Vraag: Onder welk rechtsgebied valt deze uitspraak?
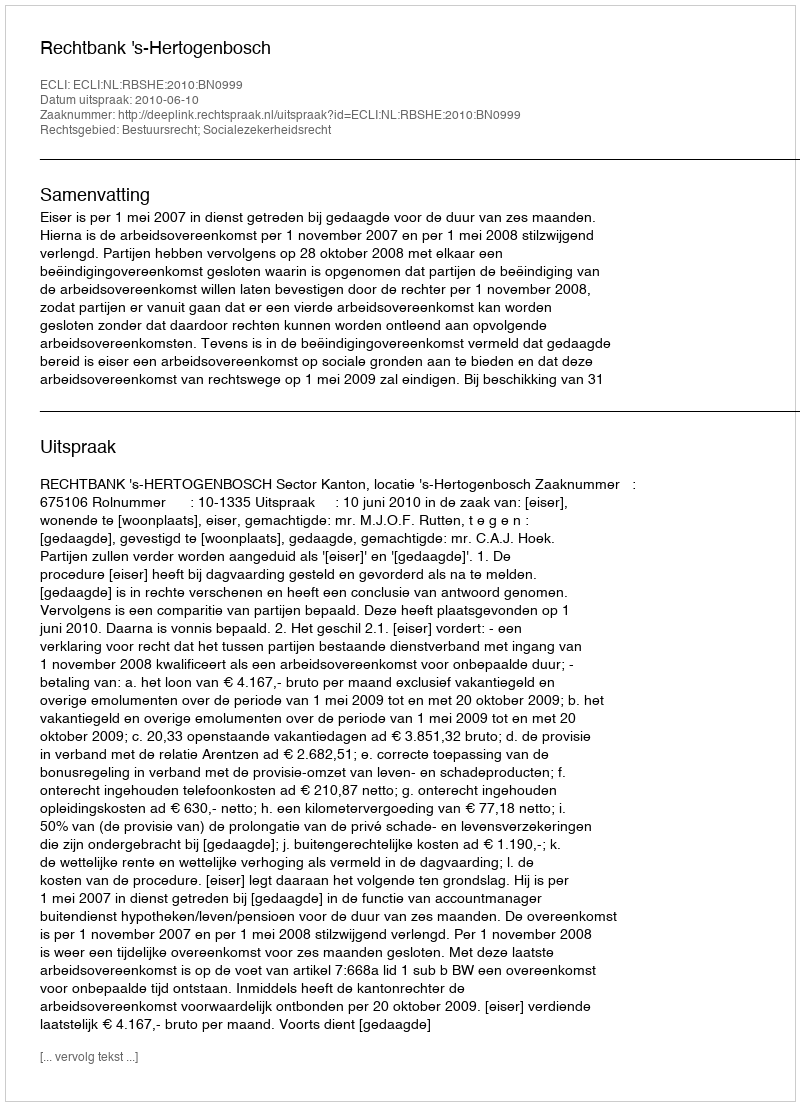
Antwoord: Bestuursrecht; Socialezekerheidsrecht